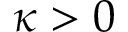
\kappa > 0